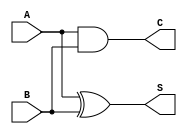
module current_mode_half_adder (
    input wire A,  // First input
    input wire B,  // Second input
    output wire S, // Sum output
    output wire C  // Carry output
);

// Sum output (S) is the XOR of A and B
assign S = A ^ B;

// Carry output (C) is the AND of A and B
assign C = A & B;

endmodule